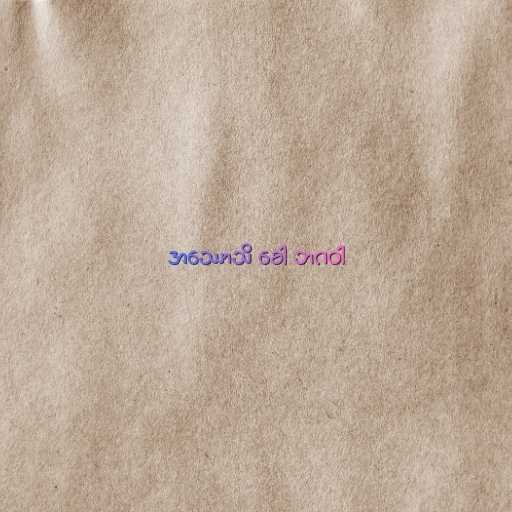
အဿောသိ ခေါ ဘဂဝါ